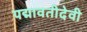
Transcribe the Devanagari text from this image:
पद्मावतीदेवी